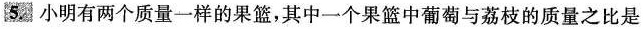
5.小明有两个质量一样的果篮，其中一个果篮中葡萄与荔枝的质量之比是